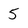
Character: 5